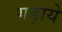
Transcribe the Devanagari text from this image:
गड़ाये